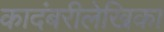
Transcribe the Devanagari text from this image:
कादंबरीलेखिका